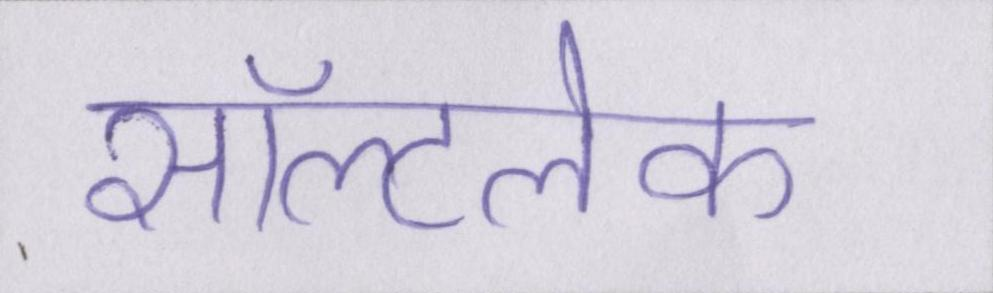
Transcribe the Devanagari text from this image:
सॉल्टलेक